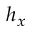
h _ { x }